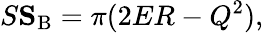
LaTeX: S\le S_{\mathrm{B}}=\pi(2ER-Q^{2}),